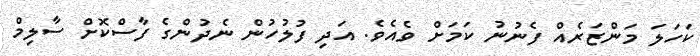
ކަހަލަ މަންޒަރެއް ފެނުނު ކަމަށް ވެއެވެ. އަދި ފުލުހުން ނެދުންގެ ފާސްކޮށް ސާލިމް